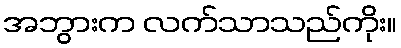
အဘွားက လက်သာသည်ကိုး။